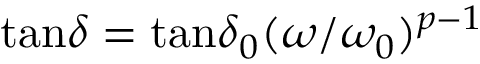
\begin{array} { r } { \tan \! \delta = { \tan \! \delta } _ { 0 } ( \omega / \omega _ { 0 } ) ^ { p - 1 } } \end{array}